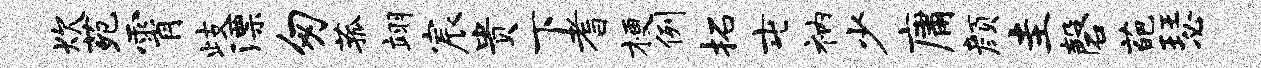
炊苑霄歧漂匆菰翊宸贵下耆梗例拓屯衲少庸颜圭磬葩瑟